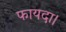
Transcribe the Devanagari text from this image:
फायदा।